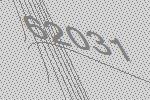
62031